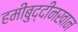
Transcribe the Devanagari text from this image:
हमीबुद्दीनखान